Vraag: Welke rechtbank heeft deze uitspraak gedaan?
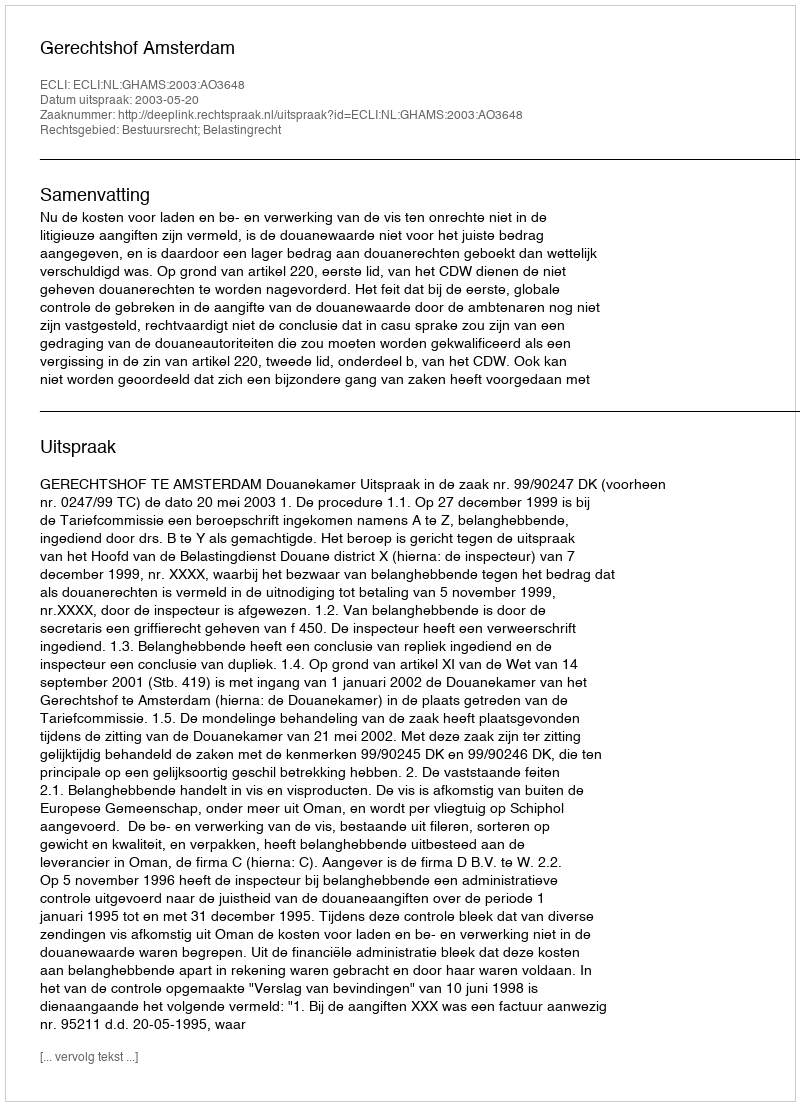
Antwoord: Gerechtshof Amsterdam